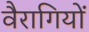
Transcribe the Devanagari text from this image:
वैरागियों